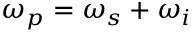
\omega _ { p } = \omega _ { s } + \omega _ { i }